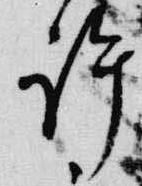
許